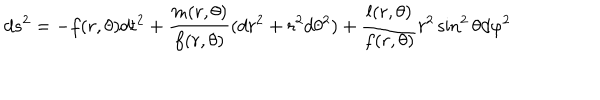
LaTeX: d s ^ { 2 } = - f ( r , \theta ) d t ^ { 2 } + \frac { m ( r , \theta ) } { f ( r , \theta ) } ( d r ^ { 2 } + r ^ { 2 } d \theta ^ { 2 } ) + \frac { l ( r , \theta ) } { f ( r , \theta ) } r ^ { 2 } \sin ^ { 2 } \theta d \varphi ^ { 2 }